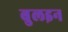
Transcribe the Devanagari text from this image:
बुलइन